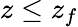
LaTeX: z\le z_{f}